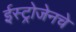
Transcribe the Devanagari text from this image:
ईस्ट्रोजेनचे